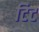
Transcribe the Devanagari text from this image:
टिट